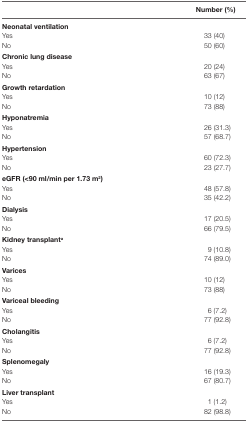
<table><thead><tr><td></td><td><b>Number (%)</b></td></tr></thead><tbody><tr><td colspan="2"><b>Neonatal ventilation</b></td></tr><tr><td>Yes</td><td>33 (40)</td></tr><tr><td>No</td><td>50 (60)</td></tr><tr><td colspan="2"><b>Chronic lung disease</b></td></tr><tr><td>Yes</td><td>20 (24)</td></tr><tr><td>No</td><td>63 (67)</td></tr><tr><td colspan="2"><b>Growth retardation</b></td></tr><tr><td>Yes</td><td>10 (12)</td></tr><tr><td>No</td><td>73 (88)</td></tr><tr><td colspan="2"><b>Hyponatremia</b></td></tr><tr><td>Yes</td><td>26 (31.3)</td></tr><tr><td>No</td><td>57 (68.7)</td></tr><tr><td colspan="2"><b>Hypertension</b></td></tr><tr><td>Yes</td><td>60 (72.3)</td></tr><tr><td>No</td><td>23 (27.7)</td></tr><tr><td colspan="2"><b>eGFR (&lt;90 ml/min per 1.73 m2)</b></td></tr><tr><td>Yes</td><td>48 (57.8)</td></tr><tr><td>No</td><td>35 (42.2)</td></tr><tr><td colspan="2"><b>Dialysis</b></td></tr><tr><td>Yes</td><td>17 (20.5)</td></tr><tr><td>No</td><td>66 (79.5)</td></tr><tr><td colspan="2"><b>Kidney transplanta</b></td></tr><tr><td>Yes</td><td>9 (10.8)</td></tr><tr><td>No</td><td>74 (89.0)</td></tr><tr><td colspan="2"><b>Varices</b></td></tr><tr><td>Yes</td><td>10 (12)</td></tr><tr><td>No</td><td>73 (88)</td></tr><tr><td colspan="2"><b>Variceal bleeding</b></td></tr><tr><td>Yes</td><td>6 (7.2)</td></tr><tr><td>No</td><td>77 (92.8)</td></tr><tr><td colspan="2"><b>Cholangitis</b></td></tr><tr><td>Yes</td><td>6 (7.2)</td></tr><tr><td>No</td><td>77 (92.8)</td></tr><tr><td colspan="2"><b>Splenomegaly</b></td></tr><tr><td>Yes</td><td>16 (19.3)</td></tr><tr><td>No</td><td>67 (80.7)</td></tr><tr><td colspan="2"><b>Liver transplant</b></td></tr><tr><td>Yes</td><td>1 (1.2)</td></tr><tr><td>No</td><td>82 (98.8)</td></tr></tbody></table>